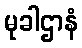
မုခါဌာနံ